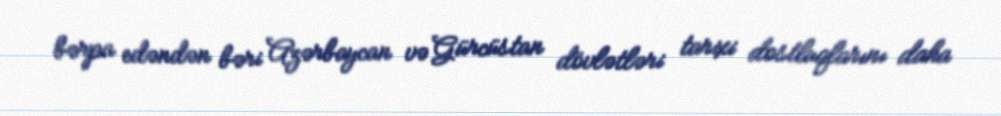
bərpa edəndən bəri Azərbaycan və Gürcüstan dövlətləri tarixi dostluqlarını daha